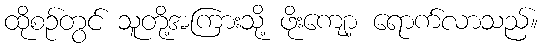
ထိုစဉ်တွင် သူတို့အကြားသို့ ဖိုးကျော့ ရောက်လာသည်။